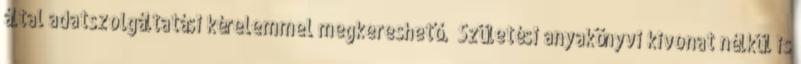
által adatszolgáltatási kérelemmel megkereshető.” Születési anyakönyvi kivonat nélkül is